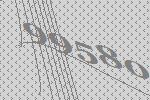
99580